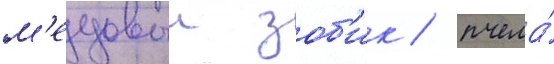
м'едовыи зоб'ик / пчела́